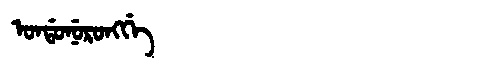
Manchu: ᠣᠨᡩᠣᠨᡠᡵᠣᠩᡤᡝ
Romanization: ONDONURONGGE